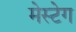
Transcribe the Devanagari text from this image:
मेस्टेग